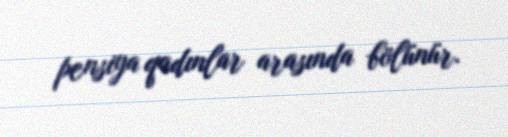
pensiya qadınlar arasında bölünür.